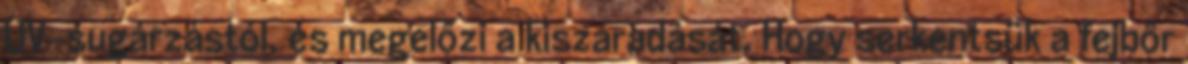
UV-sugárzástól, és megelőzi a kiszáradását. Hogy serkentsük a fejbőr